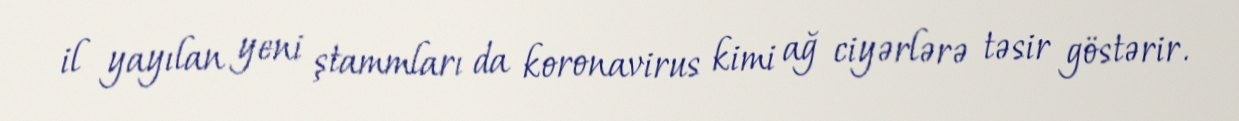
il yayılan yeni ştammları da koronavirus kimi ağ ciyərlərə təsir göstərir.